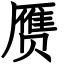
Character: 赝